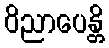
ဝိညာပေန္တိ